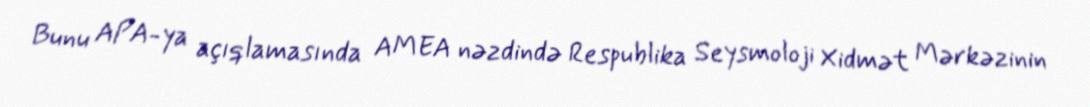
Bunu APA-ya açıqlamasında AMEA nəzdində Respublika Seysmoloji Xidmət Mərkəzinin